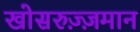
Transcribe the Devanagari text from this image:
खोसरुज़्ज़मान